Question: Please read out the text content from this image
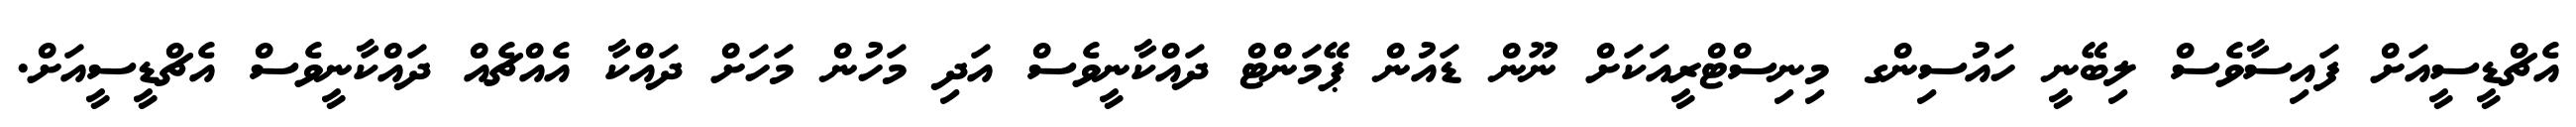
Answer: އެޗްޑީސީއަށް ފައިސާވެސް ލިބޭނީ ހައުސިންގ މިނިސްޓްރީއަކަށް ނޫން ޑައުން ޕޭމަންޓް ދައްކާނީވެސް އަދި މަހުން މަހަށް ދައްކާ އެއްޗެއް ދައްކާނީވެސް އެޗްޑީސީއަށް.